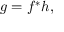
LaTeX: g = f ^ { \ast } h ,